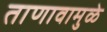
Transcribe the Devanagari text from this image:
ताणावामुळे